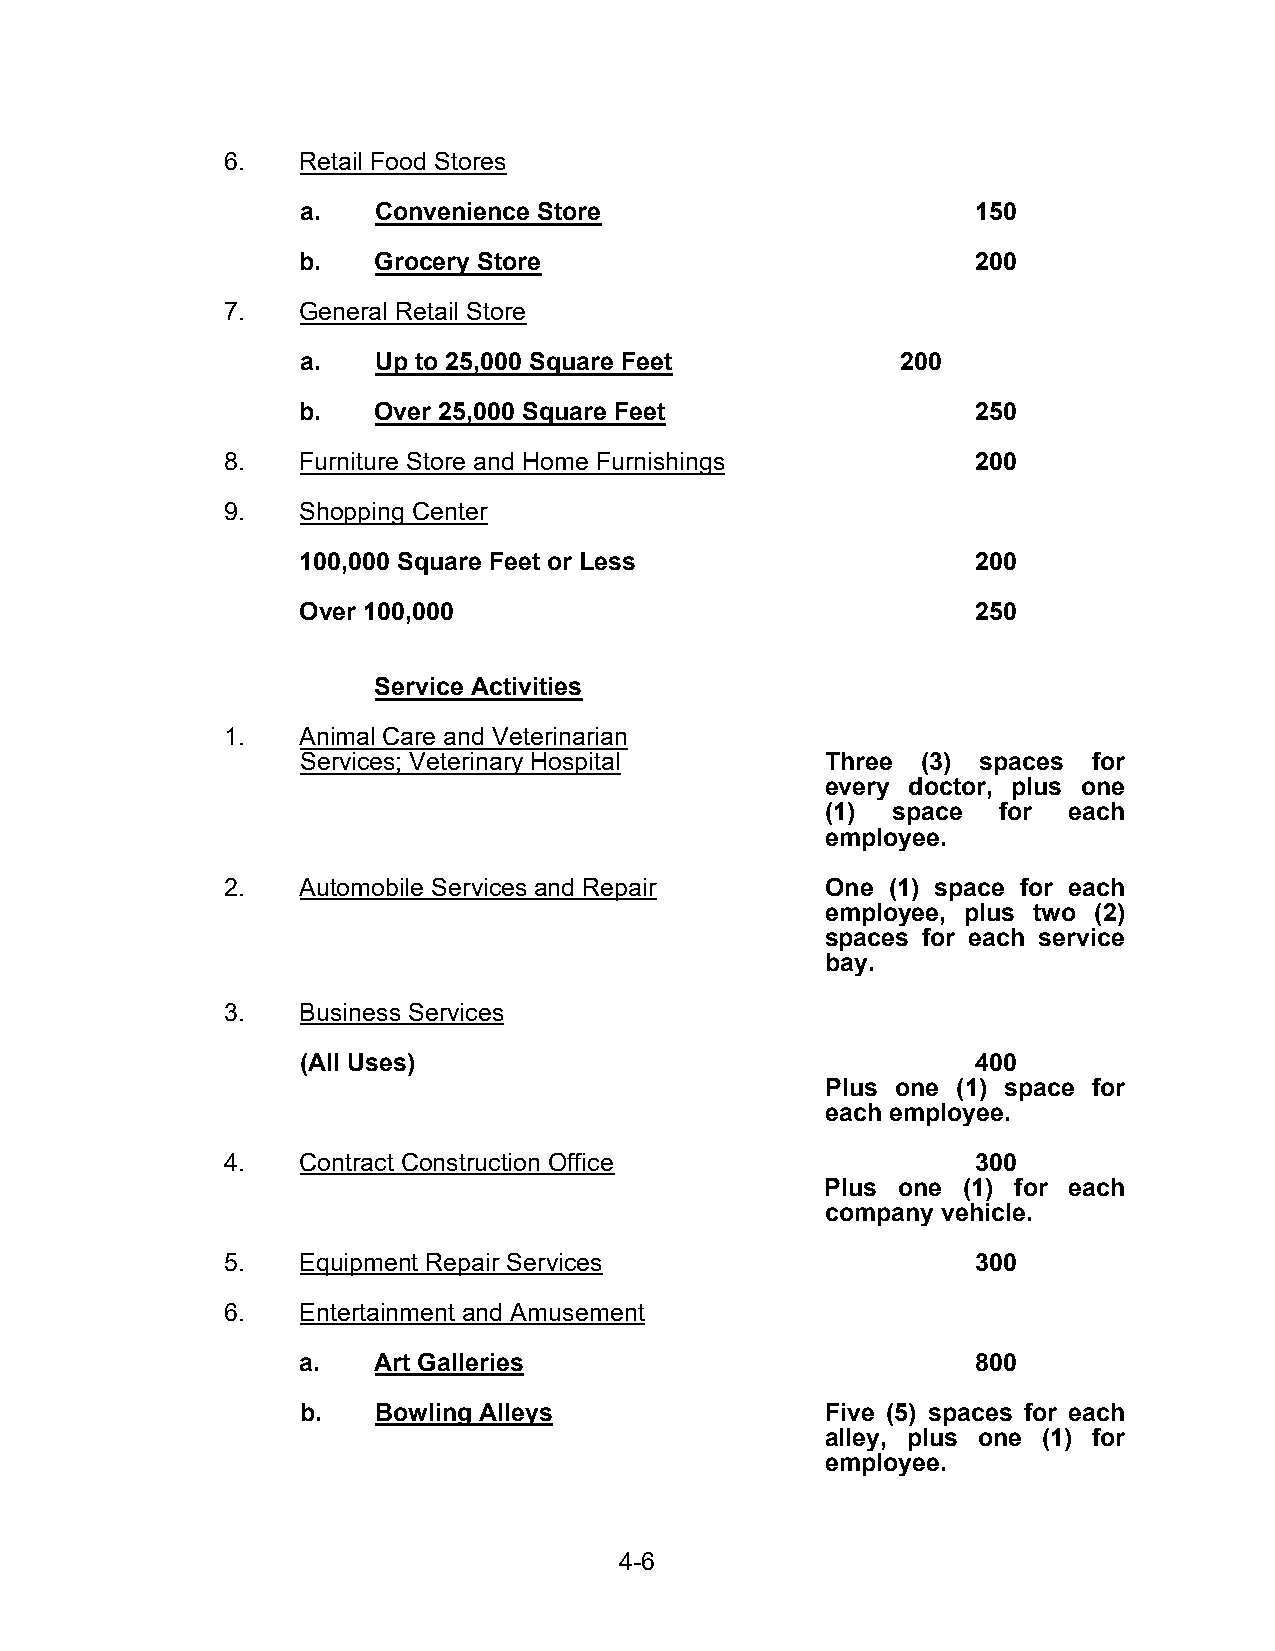
6.   Retail Food Stores
 a.   Convenience Store                       150
 b.   Grocery Store                           200
 7.   General Retail Store
 a.   Up to 25,000 Square Feet           200
 b.   Over 25,000 Square Feet                 250
 8.   Furniture Store and Home Furnishings         200
 9.   Shopping Center
 100,000 Square Feet or Less                  200
 Over 100,000                                 250
 Service Activities
 1.   Animal Care and Veterinarian
 Services; Veterinary Hospital      Three (3) spaces for
 every doctor, plus one
 (1) space  for  each
 employee.
 2.   Automobile Services and Repair     One (1) space for each
 employee, plus two (2)
 spaces for each service
 bay.
 3.   Business Services
 (All Uses)                                   400
 Plus one (1) space for
 each employee.
 4.   Contract Construction Office                 300
 Plus one (1) for each
 company vehicle.
 5.   Equipment Repair Services                    300
 6.   Entertainment and Amusement
 a.   Art Galleries                           800
 b.   Bowling Alleys                Five (5) spaces for each
 alley, plus one (1) for
 employee.
 4-6